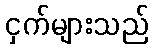
ငှက်များသည်